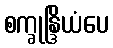
စက္ခုန္ဒြိယံပေ